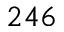
2 4 6